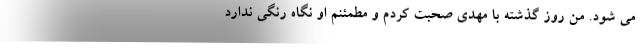
می شود. من روز گذشته با مهدی صحبت کردم و مطمئنم او نگاه رنگی ندارد